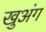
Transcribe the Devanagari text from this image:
खुअंग